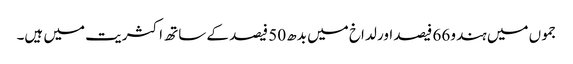
جموں میں ہندو 66 فیصد اور لداخ میں بدھ 50 فیصد کے ساتھ اکثریت میں ہیں۔